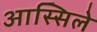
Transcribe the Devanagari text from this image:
आस्सिले